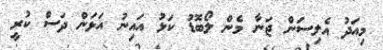
މިއަދު އެލިސަން ޖަނާ މެން ލޯބޮޑު ކަޅު އައިނު އަޅަން ދަސް ކުރީ